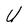
Character: U